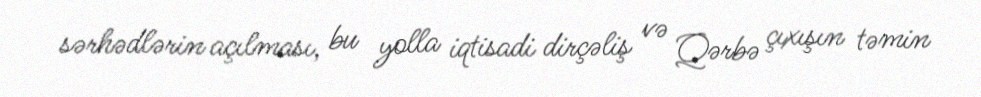
sərhədlərin açılması, bu yolla iqtisadi dirçəliş və Qərbə çıxışın təmin